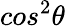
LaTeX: cos^{2}\theta